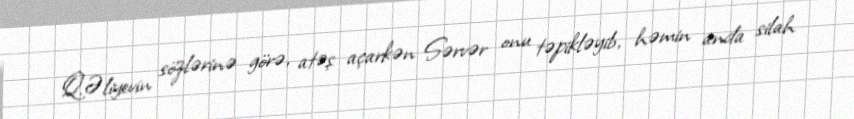
Q.Əliyevin sözlərinə görə, atəş açarkən Sərvər onu təpikləyib, həmin anda silah